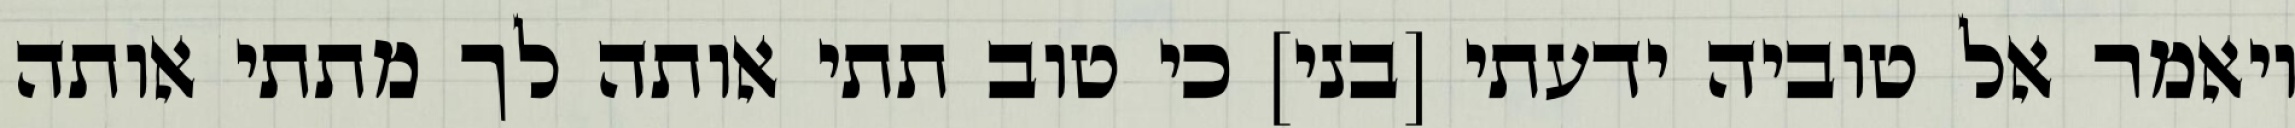
ויאמר אל טוביה ידעתי [בני] כי טוב תתי אותה לך מתתי אותה